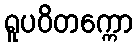
ရူပဝိတက္ကော